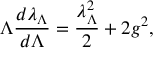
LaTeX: \Lambda { \frac { d \lambda _ { \Lambda } } { d \Lambda } } = { \frac { \lambda _ { \Lambda } ^ { 2 } } { 2 } } + 2 g ^ { 2 } ,